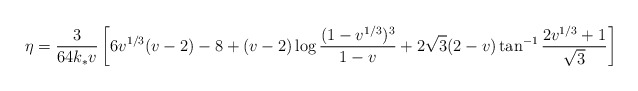
\begin{align*}\eta = \frac{3}{64k_*v} \left[6v^{1/3}(v-2) - 8 + (v-2)\log \frac{(1-v^{1/3})^3}{1-v} +2 \sqrt{3} (2-v) \tan^{-1} \frac{2v^{1/3}+1}{\sqrt{3}}\right]\end{align*}